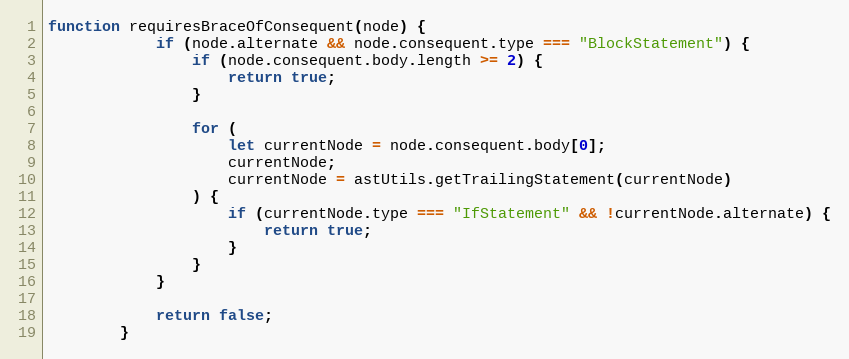
Language: JavaScript
function requiresBraceOfConsequent(node) {
            if (node.alternate && node.consequent.type === "BlockStatement") {
                if (node.consequent.body.length >= 2) {
                    return true;
                }

                for (
                    let currentNode = node.consequent.body[0];
                    currentNode;
                    currentNode = astUtils.getTrailingStatement(currentNode)
                ) {
                    if (currentNode.type === "IfStatement" && !currentNode.alternate) {
                        return true;
                    }
                }
            }

            return false;
        }